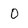
Character: 0